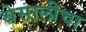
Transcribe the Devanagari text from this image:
थेसालीचा